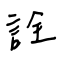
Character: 詮